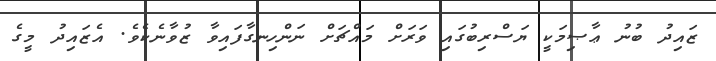
ޒައިދު ބުނު ޢާޞިމަކީ ޔަސްރިބުގައި ވަރަށް މައްޗަށް ނަންހިނގާފައިވާ ޒުވާނެކެވެ. އެޒައިދު މީގެ